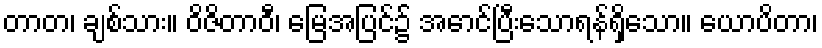
တာတ၊ ချစ်သား။ ဝိဇိတာဝီ၊ မြေအပြင်၌ အောင်ပြီးသောရန်ရှိသော။ ယောပိတာ၊